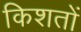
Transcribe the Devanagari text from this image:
किशतों